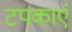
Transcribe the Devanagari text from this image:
टपकाएं